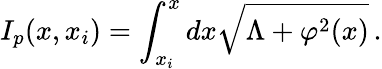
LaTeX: I_{p}(x,x_{i})=\int_{x_{i}}^{x}{dx\sqrt{\Lambda+\varphi^{2}(x)}}\, .